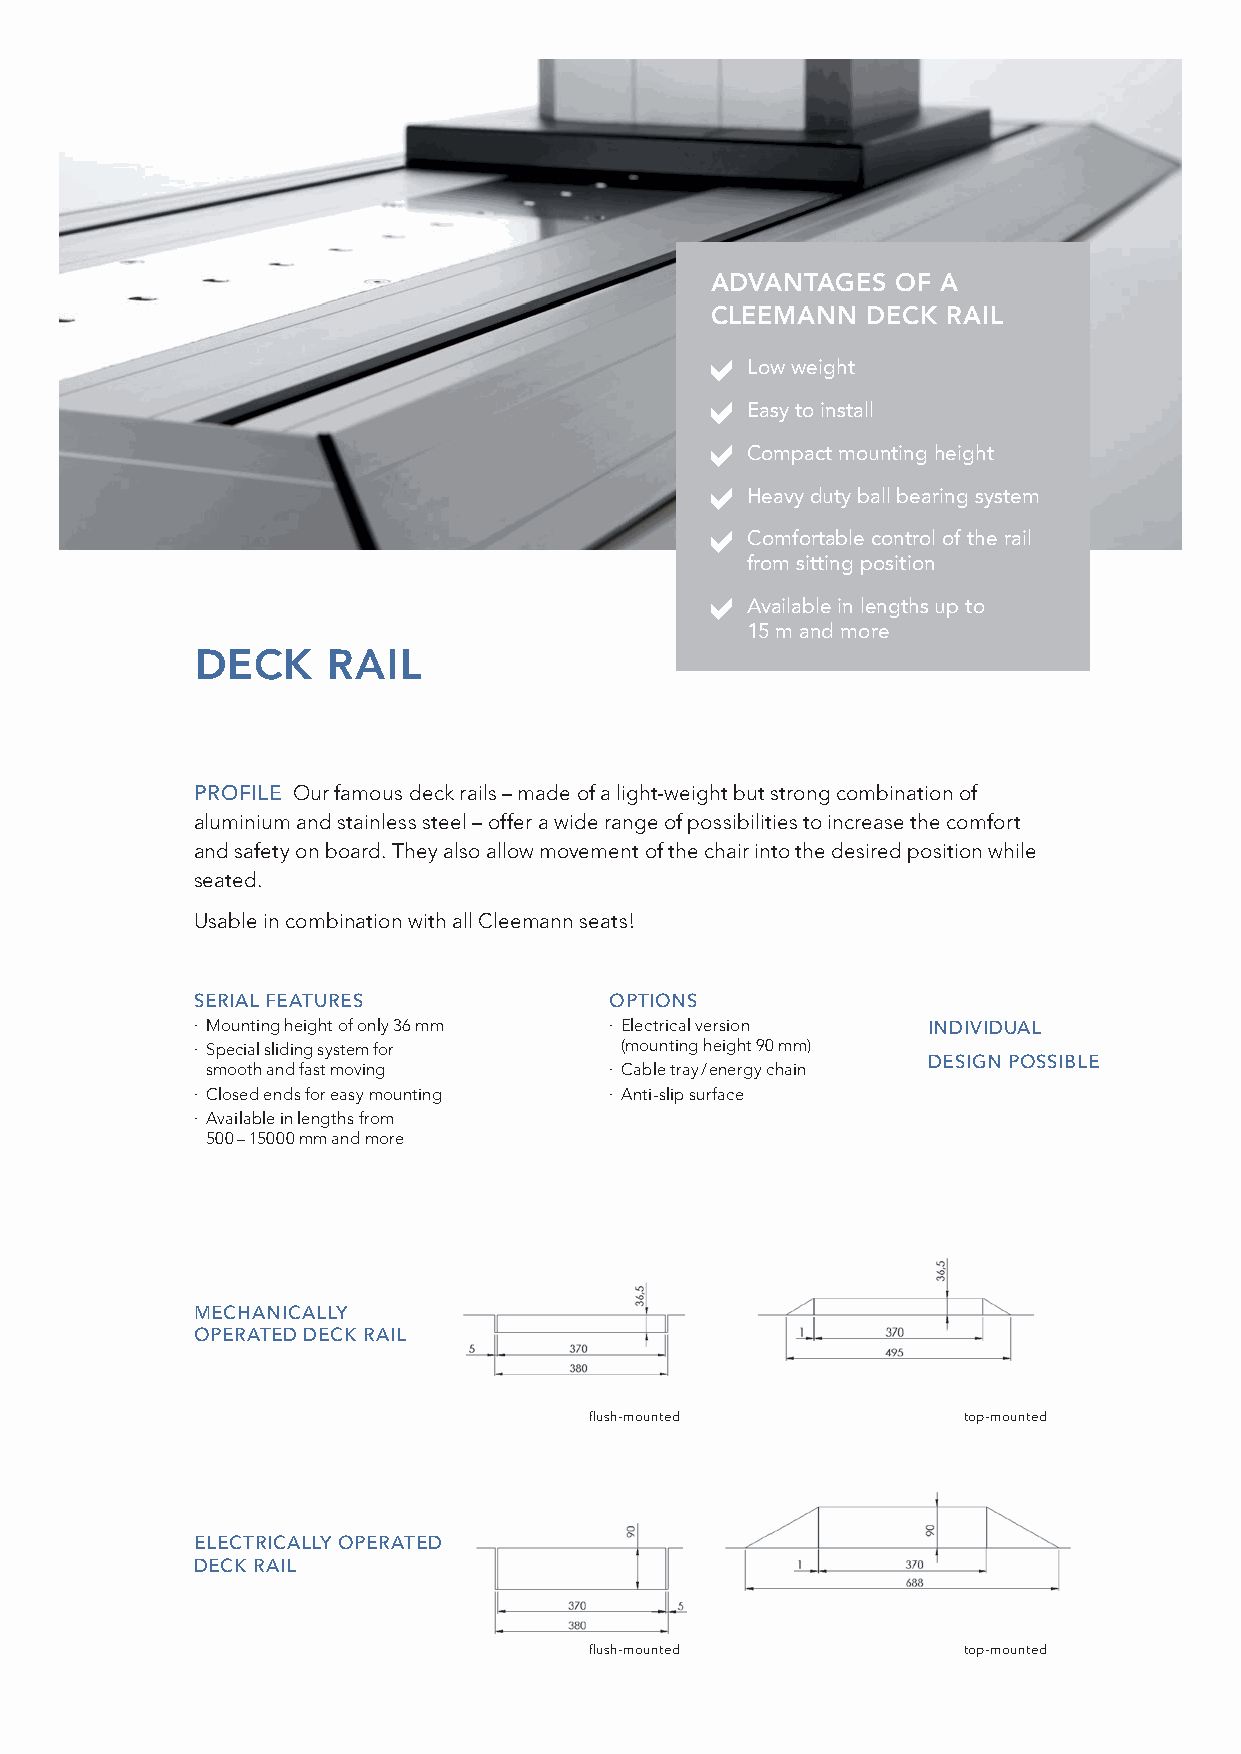
ADVANTAGES  OF A
 CLEEMANN  DECK  RAIL
 Low weight
 Easy to install
 Compact mounting height
 Heavy duty ball bearing system
 Comfortable control of the rail
 from sitting position
 Available in lengths up to
 15 m and more
 DECK     RAIL
 PROFILE Our famous deck rails – made of a light-weight but strong combination of
 aluminium and stainless steel – offer a wide range of possibilities to increase the comfort
 and safety on board. They also allow movement of the chair into the desired position while
 seated.
 Usable in combination with all Cleemann seats!
 SERIAL FEATURES            OPTIONS
 · Mounting height of only 36 mm · Electrical version INDIVIDUAL
 · Special sliding system for (mounting height 90 mm)
 DESIGN POSSIBLE
 smooth and fast moving    · Cable tray / energy chain
 · Closed ends for easy mounting · Anti-slip surface
 · Available in lengths from
 500 – 15000 mm and more
 MECHANICALLY
 OPERATED DECK RAIL
 flush-mounted            top-mounted
 ELECTRICALLY OPERATED
 DECK RAIL
 flush-mounted            top-mounted